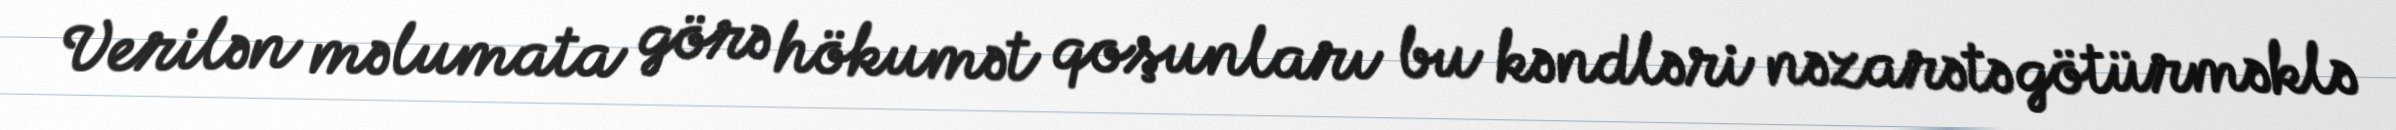
Verilən məlumata görə hökumət qoşunları bu kəndləri nəzarətə götürməklə